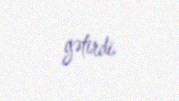
gətirdi.